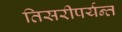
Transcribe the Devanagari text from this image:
तिसरीपर्यन्त